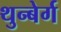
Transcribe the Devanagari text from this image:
थुन्बेर्ग